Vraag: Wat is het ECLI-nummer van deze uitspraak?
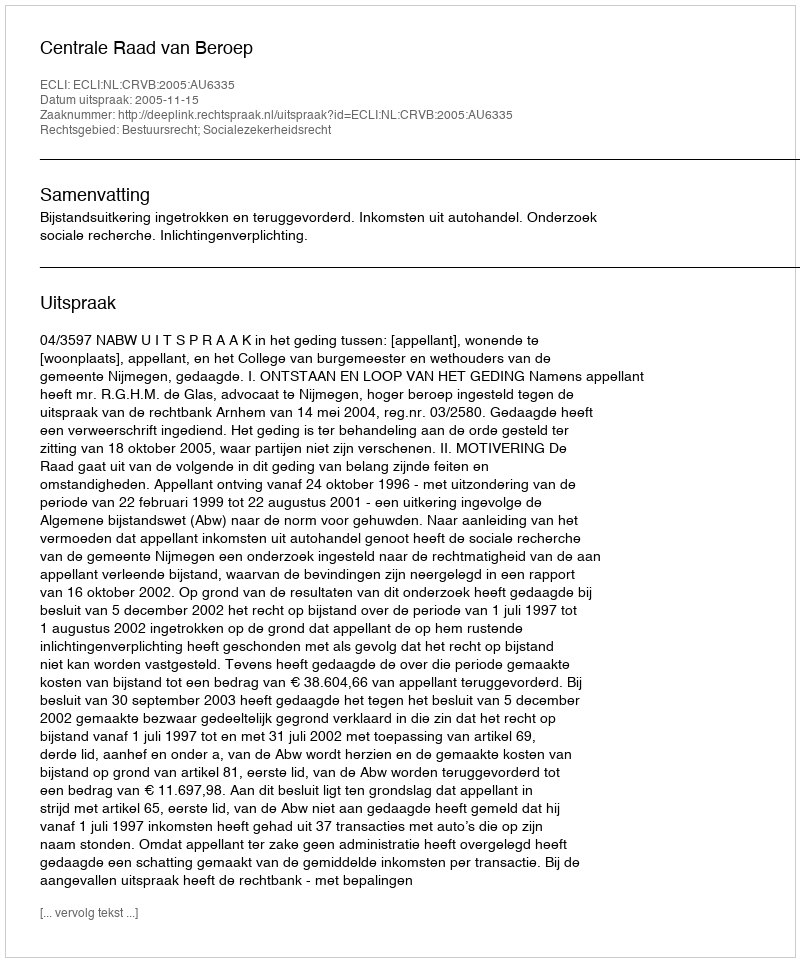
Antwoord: ECLI:NL:CRVB:2005:AU6335